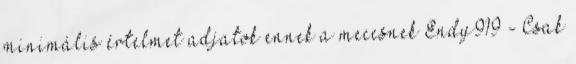
minimális értelmet adjatok ennek a meccsnek Endy919 - Csak